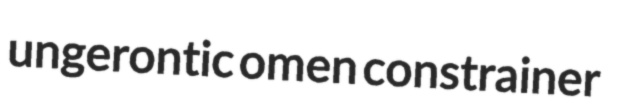
ungerontic omen constrainer